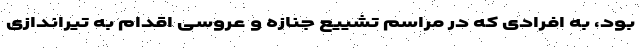
بود، به افرادی که در مراسم تشییع جنازه و عروسی اقدام به تیراندازی